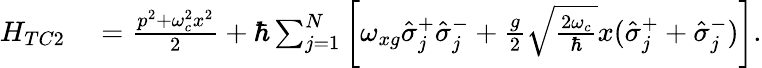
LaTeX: \begin{array}{rl}{H_{TC2}}&{{}=\frac{p^{2}+\omega_{c}^{2}x^{2}}{2}+\hbar\sum_{j=1}^{N}\left[\omega_{xg}\hat{\sigma}_{j}^{+}\hat{\sigma}_{j}^{-}+\frac{g}{2}\sqrt{\frac{2\omega_{c}}{\hbar}}x(\hat{\sigma}_{j}^{+}+\hat{\sigma}_{j}^{-})\right].}\end{array}